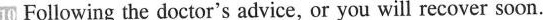
10 Following the doctor's advice, or you will recover soon.